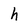
Character: h